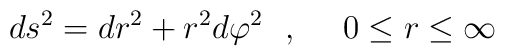
ds^2=dr^2 + r^2d\varphi ^2~~,~~~~0\leq r\leq \infty